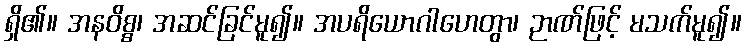
ရှိ၏။ အနဝိစ္စ၊ အဆင်ခြင်မူ၍။ အပရိယောဂါဟေတွာ၊ ဉာဏ်ဖြင့် မသက်မူ၍။